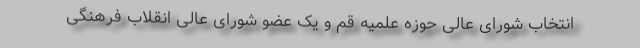
انتخاب شورای عالی حوزه علمیه قم و یک عضو شورای عالی انقلاب فرهنگی